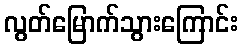
လွတ်မြောက်သွားကြောင်း